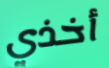
أخذي